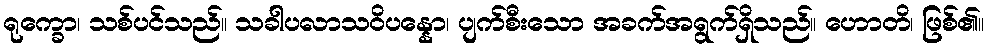
ရုက္ခော၊ သစ်ပင်သည်။ သခါပလာသဝိပန္နော၊ ပျက်စီးသော အခက်အရွက်ရှိသည်။ ဟောတိ၊ ဖြစ်၏။